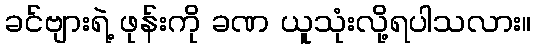
ခင်ဗျားရဲ့ ဖုန်းကို ခဏ ယူသုံးလို့ရပါသလား။